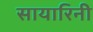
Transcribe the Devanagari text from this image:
सायारिनी